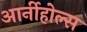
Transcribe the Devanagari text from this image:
आर्नीहोल्स